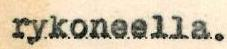
rykoneella.